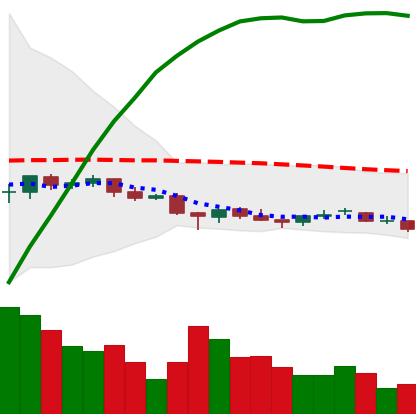
Ticker: EOS-USD
Chart end date: 2021-06-18
Forward return: -19.261%
Label: down_7plus